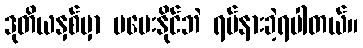
ဒုတိယနှစ်မှာ မပေးနိုင်ဘဲ ရပ်နားခဲ့ရပါတယ်။